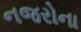
નજરોના